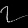
Digit: ၇